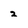
Character: 2